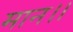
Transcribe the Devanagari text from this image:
मान।।